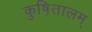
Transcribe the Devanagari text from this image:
कुष़ितालम्